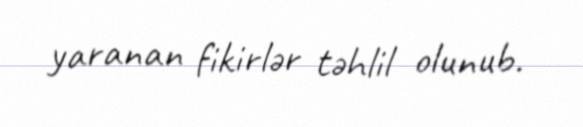
yaranan fikirlər təhlil olunub.